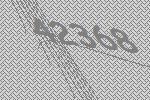
42368